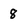
Character: 8